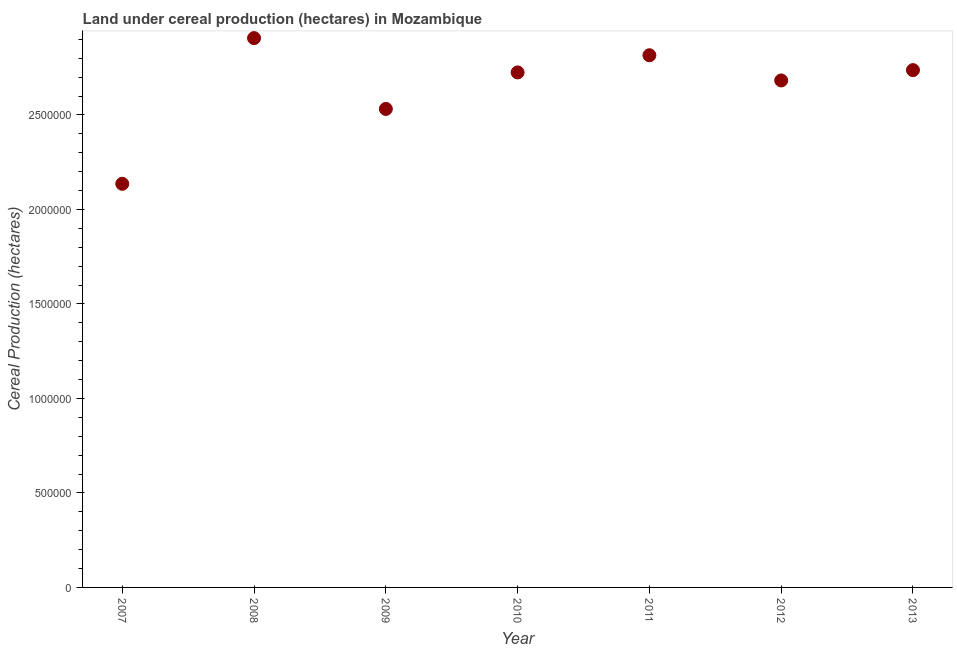
| Year | Land under cereal production (hectares) |
 | --- | --- |
 | 2007 | 2.14e+06 |
 | 2008 | 2.91e+06 |
 | 2009 | 2.53e+06 |
 | 2010 | 2.73e+06 |
 | 2011 | 2.82e+06 |
 | 2012 | 2.68e+06 |
 | 2013 | 2.74e+06 |